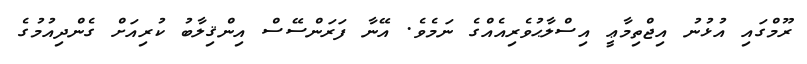
ރޫމްގައި އުޅުނު އިޖްތިމާޢީ އިސްލާޙުވެރިއެއްގެ ނަމެވެ. އޭނާ ފަރަންސޭސް އިންޤިލާބު ކުރިއަށް ގެންދިއުމުގެ